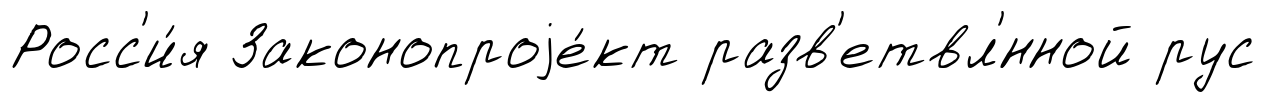
Росс'и́я Законопроjе́кт разв'етвл'́нной рус